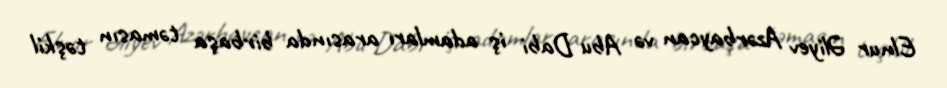
Elnur Əliyev Azərbaycan və Abu Dabi iş adamları arasında birbaşa təmasın təşkil